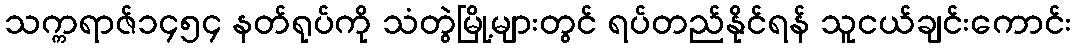
သက္ကရာဇ်၁၄၅၄ နတ်ရုပ်ကို သံတွဲမြို့များတွင် ရပ်တည်နိုင်ရန် သူငယ်ချင်းကောင်း